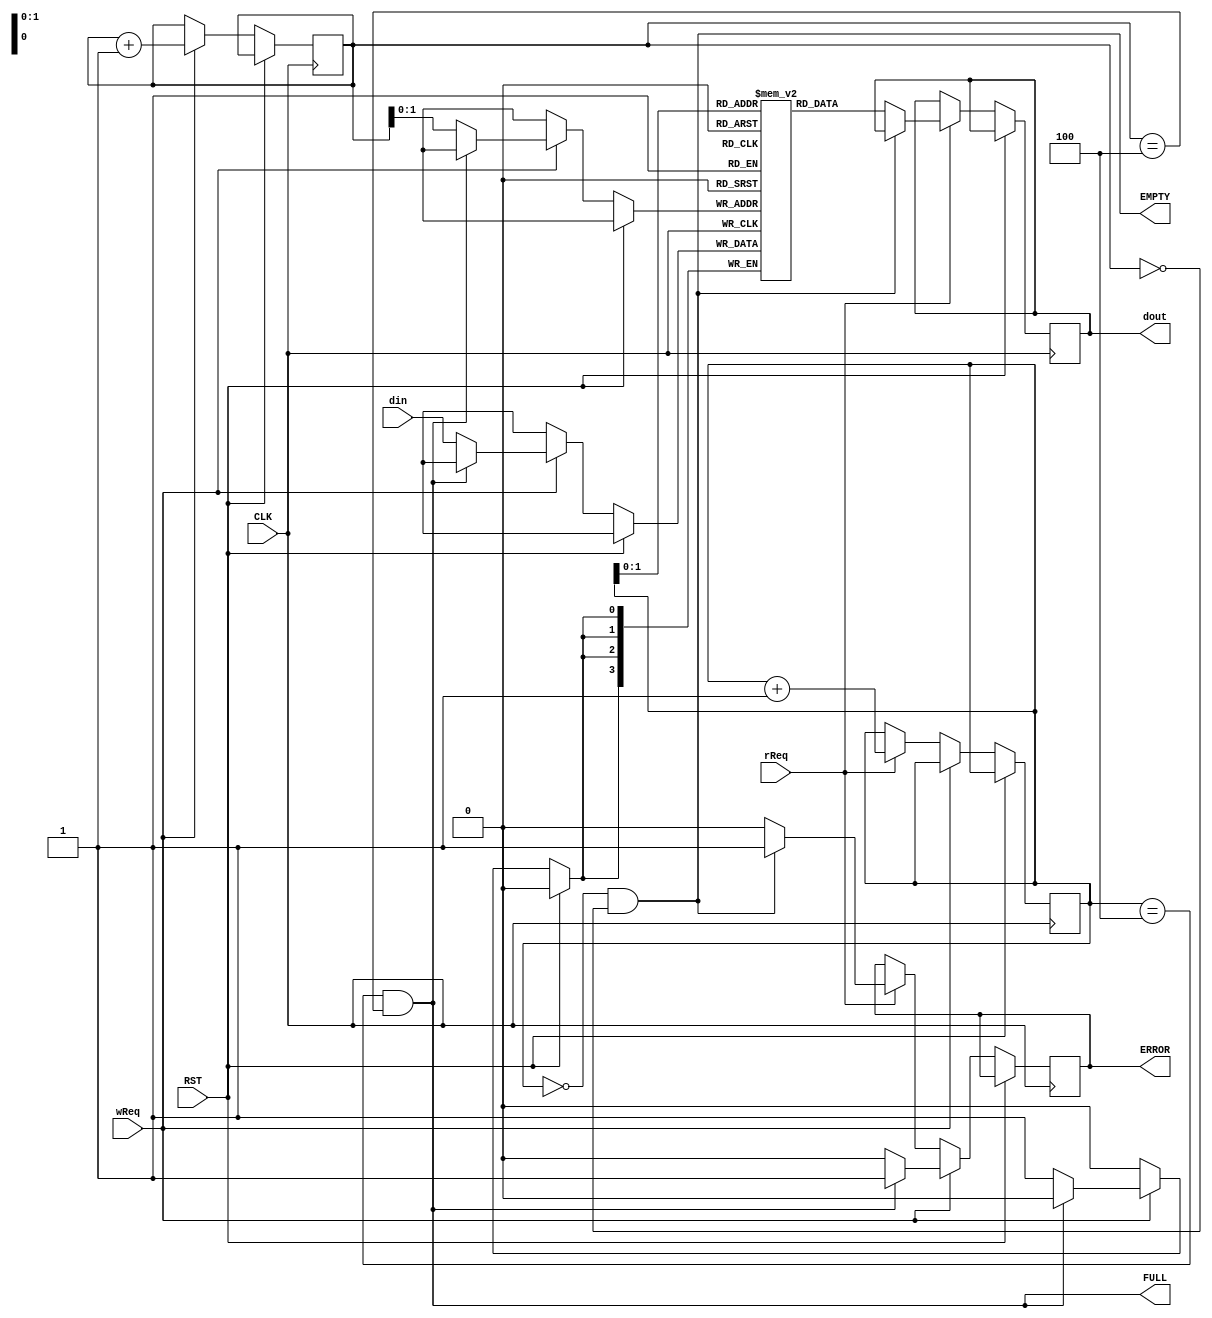
`timescale 1ns / 1ps

module Queue #(parameter WL = 4, DEPTH = 4)
              (input CLK, RST,
               input rReq, wReq,
               input [WL-1:0] din,
               output reg [WL-1:0] dout,
               output FULL, EMPTY, 
               output reg ERROR);

reg [WL-1:0] Buffer [0:DEPTH-1];    
reg [$clog2(DEPTH+1)-1:0] rPtr; // Points to the head of the queue   
reg [$clog2(DEPTH+1)-1:0] wPtr; // Points to the tail of the queue   

initial rPtr = 0;
initial wPtr = 0; 

    assign FULL  = (rPtr == DEPTH && wPtr == DEPTH);
    assign EMPTY = (rPtr == 0 && wPtr == 0);
    
        always @ (posedge CLK) begin
        if (!RST) begin
            if (rReq) begin // POP
                if (!EMPTY) begin
                    dout <= Buffer[rPtr];
                    ERROR <= 1'b0;
                end
                else if (EMPTY) begin
                    ERROR <= 1'b1;
                end
                rPtr <= rPtr + 1;
                wPtr <= wPtr;
            end
            if (wReq) begin // PUSH
                if (!FULL) begin
                    Buffer[wPtr] <= din;
                    ERROR <= 1'b0;
                end
                else if (FULL) begin
                    ERROR <= 1'b1;
                end
                wPtr <= wPtr + 1;
                rPtr <= rPtr;
            end
        end
    end
               
endmodule